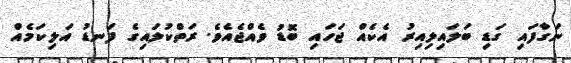
ނަގާފައި ގަޑި ބަލައިލިއިރު އެކެއް ޖަހައި ބޮޑު ވެއްޖެއެވެ. ރަތްކުލައިގެ ފަނޑު އަލިކަމެއް